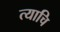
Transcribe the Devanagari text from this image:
त्याचि